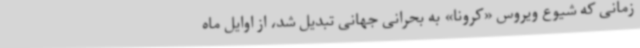
زمانی که شیوع ویروس «کرونا» به بحرانی جهانی تبدیل شد، از اوایل ماه